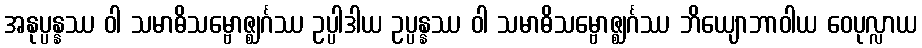
အနုပ္ပန္နဿ ဝါ သမာဓိသမ္ဗောဇ္ဈင်္ဂဿ ဥပ္ပါဒါယ ဥပ္ပန္နဿ ဝါ သမာဓိသမ္ဗောဇ္ဈင်္ဂဿ ဘိယျောဘာဝါယ ဝေပုလ္လာယ